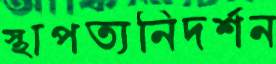
স্থাপত্যনিদর্শন